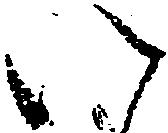
い